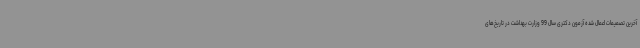
آخرین تصمیمات اعمال شده آزمون دکتری سال 99 وزارت بهداشت در تاریخ‌های